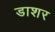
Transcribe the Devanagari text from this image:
डाशर